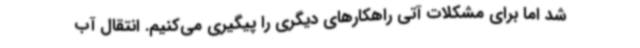
شد اما برای مشکلات آتی راهکارهای دیگری را پیگیری می‌کنیم. انتقال آب